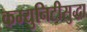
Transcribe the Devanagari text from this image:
कम्युनिटीसुद्धा